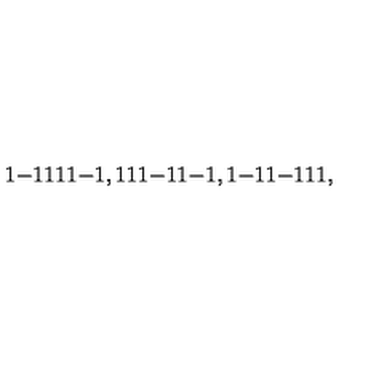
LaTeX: { \binom { 1 } { - 1 } } { \binom { 1 } { 1 } } { \binom { 1 } { - 1 } } , { \binom { 1 } { 1 } } { \binom { 1 } { - 1 } } { \binom { 1 } { - 1 } } , { \binom { 1 } { - 1 } } { \binom { 1 } { - 1 } } { \binom { 1 } { 1 } } ,